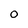
Character: O